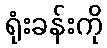
ရုံးခန်းကို